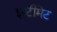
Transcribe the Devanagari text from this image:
इन्टीमेट